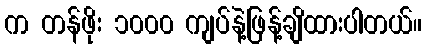
က တန်ဖိုး ၁၀၀၀ ကျပ်နဲ့ဖြန့်ချိထားပါတယ်။